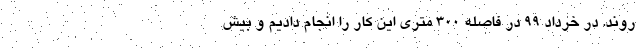
‌روند. در خرداد ۹۹ در فاصله ۳۰۰ متری این کار را انجام دادیم و بیش